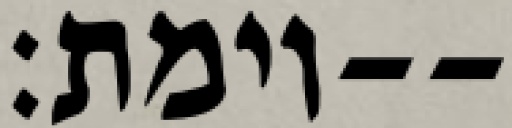
וימת׃--